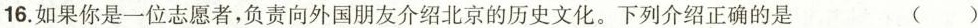
16.如果你是一位志愿者，负责向外国朋友介绍北京的历史文化。下列介绍正确的是 ( )